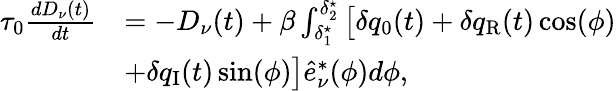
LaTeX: \begin{array}{rl}{\tau_{0}\frac{dD_{\nu}(t)}{dt}}&{=-D_{\nu}(t)+\beta\int_{\delta_{1}^{\star}}^{\delta_{2}^{\star}}\big[\delta q_{0}(t)+\delta q_{\mathrm{{R}}}(t)\cos(\phi)}\\ &{+\delta q_{\mathrm{{I}}}(t)\sin(\phi)\big]\hat{e}_{\nu}^{*}(\phi)d\phi,}\end{array}